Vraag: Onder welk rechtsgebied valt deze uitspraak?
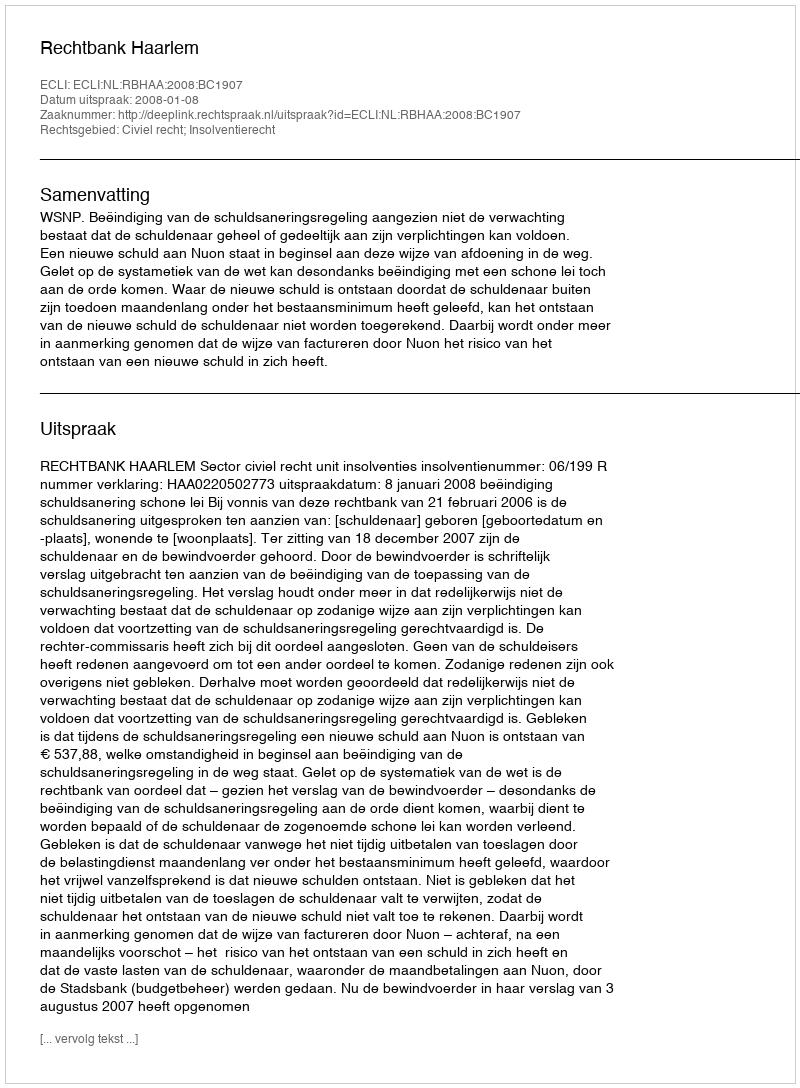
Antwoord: Civiel recht; Insolventierecht